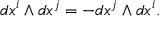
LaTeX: d x ^ { i } \wedge d x ^ { j } = - d x ^ { j } \wedge d x ^ { i } .